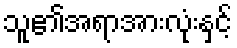
သူ၏အရာအားလုံးနှင့်